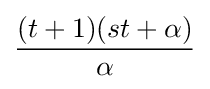
{\frac {(t+1)(st+\alpha )}{\alpha }}